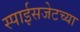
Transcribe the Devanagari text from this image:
स्पाईसजेटच्या